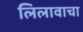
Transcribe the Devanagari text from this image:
लिलावाचा